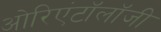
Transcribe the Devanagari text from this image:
ओरिएंटॉलॉजी